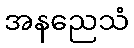
အနညေသံ